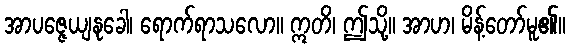
အာပဇ္ဇေယျနုခေါ၊ ရောက်ရာသလော။ ဣတိ၊ ဤသို့။ အာဟ၊ မိန့်တော်မူ၏။